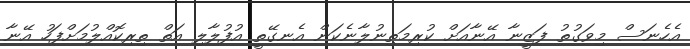
އެހެނަސް މިވަގުތު ފަޒީނާ އޭނާއަށް ކުރިމަތިނުލާނެކަން އެނގޭތީ އުފުލާލި އަތް ތިރިކޮއްލުމަށްފަހު އޭނާ